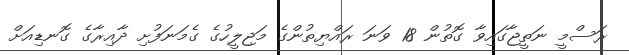
ރަސްމީ ނަތީޖާގައިވާ ގޮތުން 18 ވަނަ ރައްޔިތުންގެ މަޖިލީހުގެ ގެމަނަފުށި ދާއިރާގެ ގޮނޑިއަށް